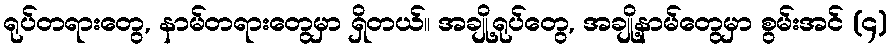
ရုပ်တရားတွေ, နာမ်တရားတွေမှာ ရှိတယ်။ အချို့ရုပ်တွေ, အချို့နာမ်တွေမှာ စွမ်းအင် (၄)